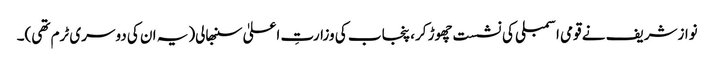
نوازشریف نے قومی اسمبلی کی نشست چھوڑ کر، پنجاب کی وزارتِ اعلیٰ سنبھالی(یہ ان کی دوسری ٹرم تھی)۔